Voisiku_vallavalitsus, lk 39
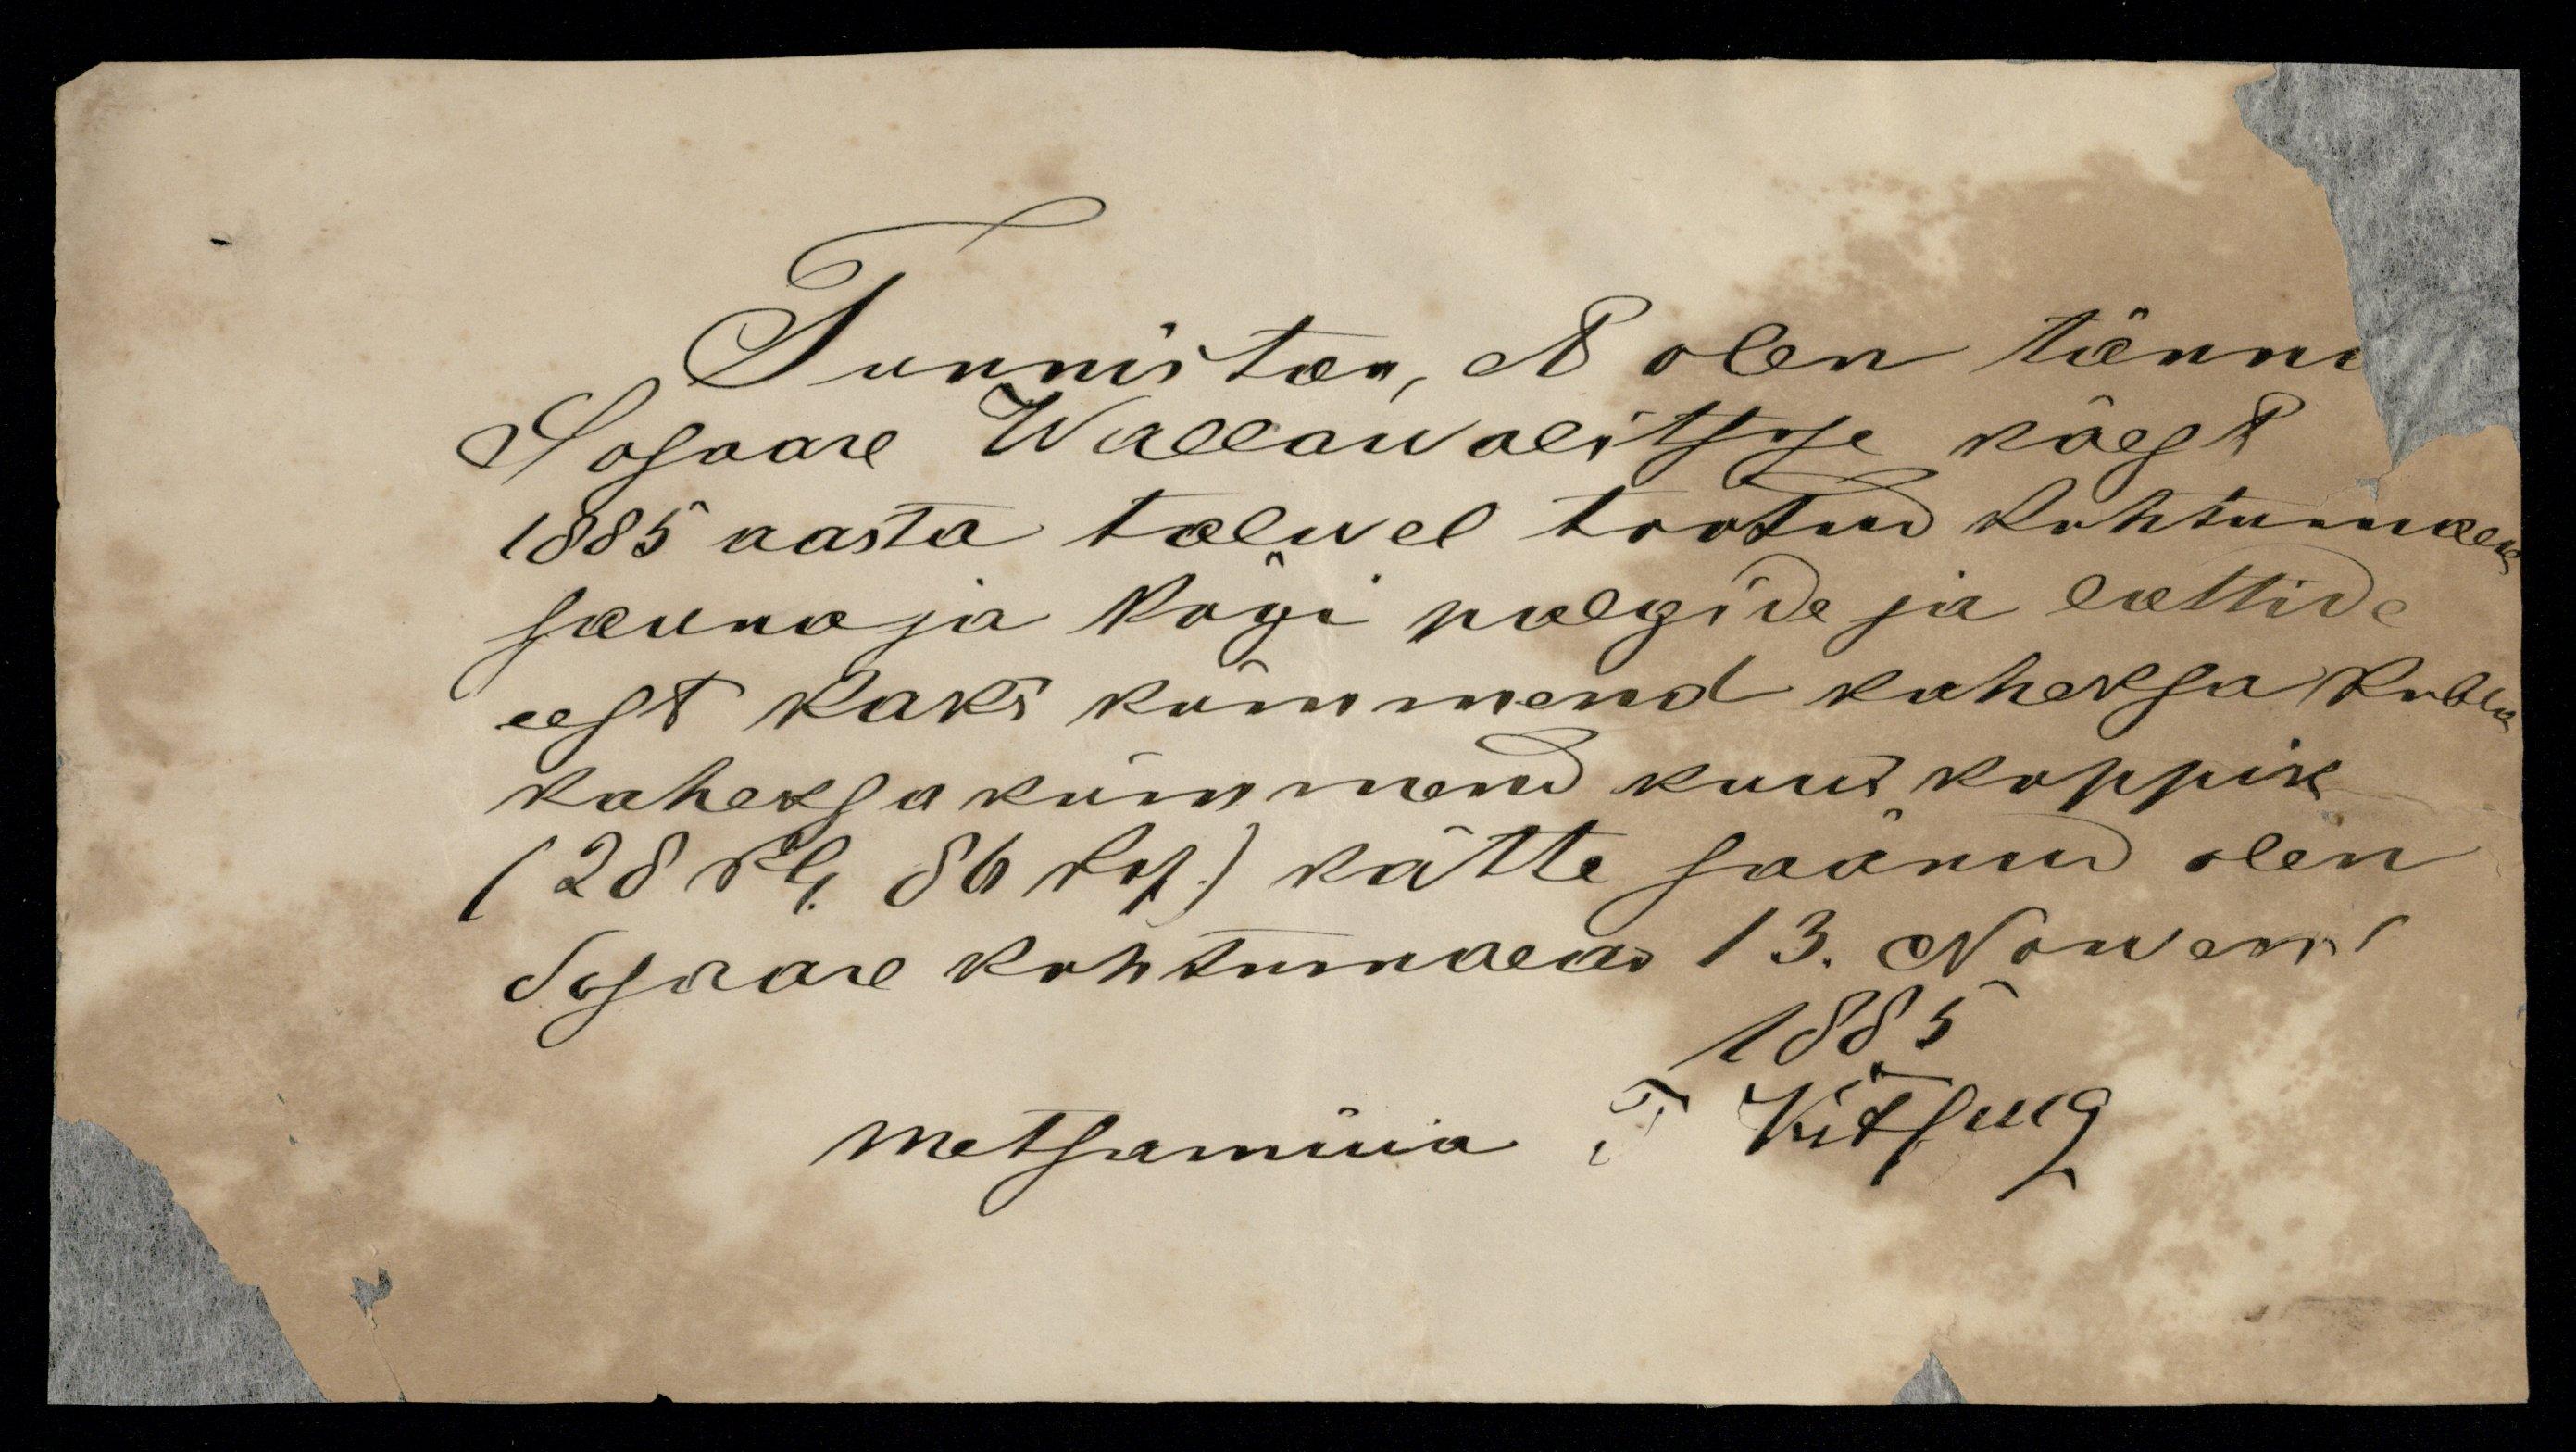
Tunnistan, et olen tänni
Sosaare Wallawalitsuse käest
1885 aasta talwel tootud kohtumaeas
sauna ja kögi palgide ja lattide
eest kaks kümmend kaheksa rubla
kaheksa kümmend kuus koppik
(28 Rbl. 86 kop.) kätte saanud olen
Sosaare kohtumaean 13. Nowemr.
1885.
Metsamüüa
Kitsung